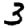
Digit: 3